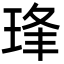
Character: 琒